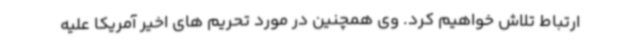
ارتباط تلاش خواهیم کرد. وی همچنین در مورد تحریم های اخیر آمریکا علیه